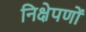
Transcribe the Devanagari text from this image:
निक्षेपणों